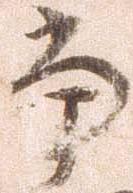
本